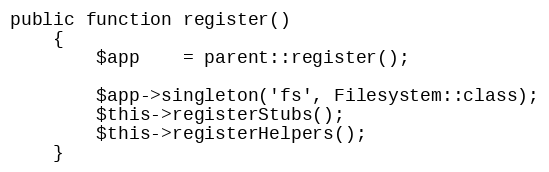
Language: PHP
public function register()
    {
        $app    = parent::register();

        $app->singleton('fs', Filesystem::class);
        $this->registerStubs();
        $this->registerHelpers();
    }